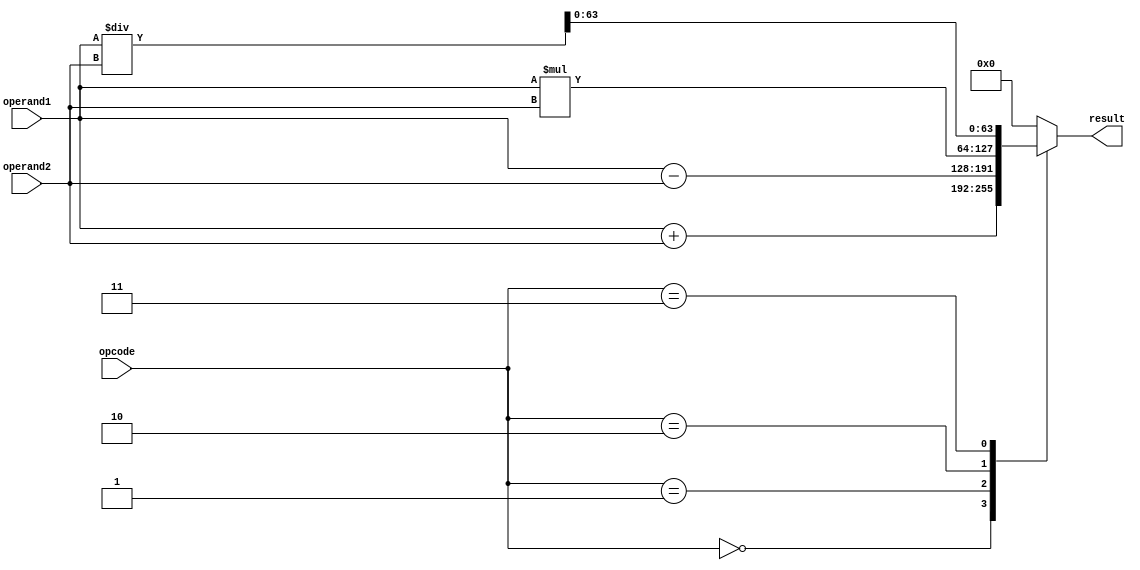
module ExtendedPrecisionFloatingPointUnit (
    input wire [63:0] operand1,
    input wire [63:0] operand2,
    input wire [3:0] opcode,
    output reg [63:0] result
);

// Adder block
reg [64:0] adder_result;

always @(*) begin
    case(opcode)
        // Perform addition
        4'b0000: adder_result = operand1 + operand2;
        // Perform subtraction
        4'b0001: adder_result = operand1 - operand2;
        // Perform multiplication
        4'b0010: adder_result = operand1 * operand2;
        // Perform division
        4'b0011: adder_result = operand1 / operand2;
        // Add more operations as needed
        default: adder_result = 0;
    endcase
end

// Error detection and correction block
reg [63:0] corrected_result;

always @(*) begin
    // Implement error detection and correction mechanisms here
    corrected_result = adder_result;
end

// Output the result in the same format
always @(*) begin
    result = corrected_result;
end

endmodule